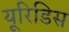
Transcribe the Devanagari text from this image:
यूरिडिस